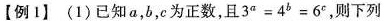
[例1](1)已知a,b,c为正数,且 $$3^{a}=4^{b}=6^{c},$$ 则下列